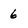
Character: 6